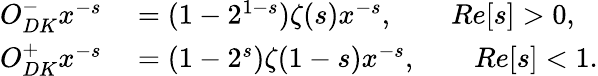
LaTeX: \begin{array}{rl}{O_{DK}^{-}x^{-s}}&{{}=(1-2^{1-s})\zeta(s)x^{-s},\qquad Re[s]>0,}\\ {O_{DK}^{+}x^{-s}}&{{}=(1-2^{s})\zeta(1-s)x^{-s},\qquad Re[s]<1.}\end{array}